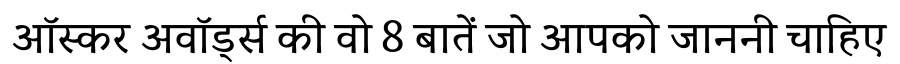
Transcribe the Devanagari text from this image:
ऑस्कर अवॉर्ड्स की वो 8 बातें जो आपको जाननी चाहिए